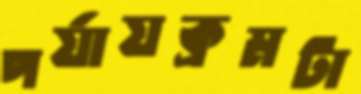
পর্যায়ক্রমটা